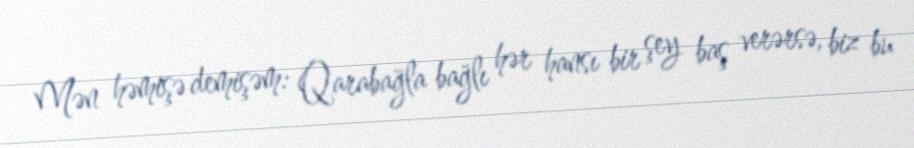
Mən həmişə demişəm: Qarabağla bağlı hər hansı bir şey baş verərsə, biz bu